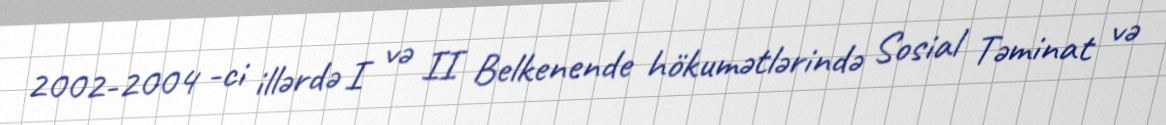
2002-2004 -ci illərdə I və II Belkenende hökumətlərində Sosial Təminat və